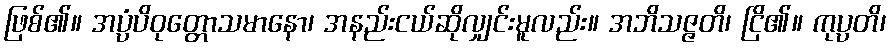
ဖြစ်၏။ အပ္ပံပိဝုတ္တောသမာနော၊ အနည်းငယ်ဆိုလျှင်းမူလည်း။ အဘိသဇ္ဇတိ၊ ငြိ၏။ ကုပ္ပတိ၊